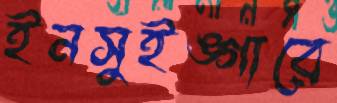
ইনসুইঙ্গারে